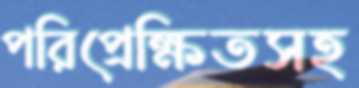
পরিপ্রেক্ষিতসহ